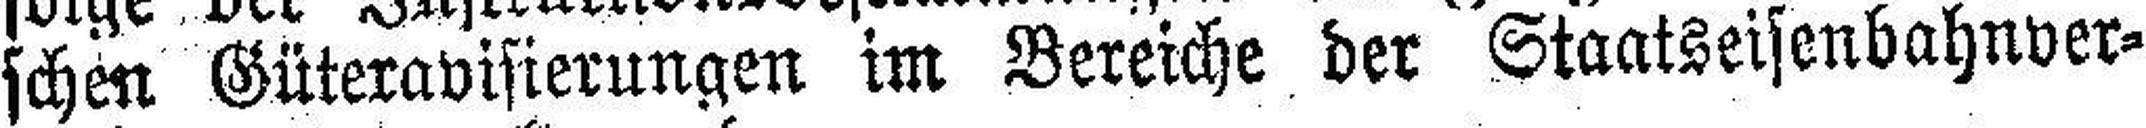
schen Güteravisierungen im Bereiche der Staatseisenbahnver¬